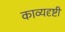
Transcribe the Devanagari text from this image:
काव्यदृष्टी